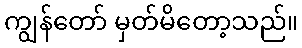
ကျွန်တော် မှတ်မိတော့သည်။